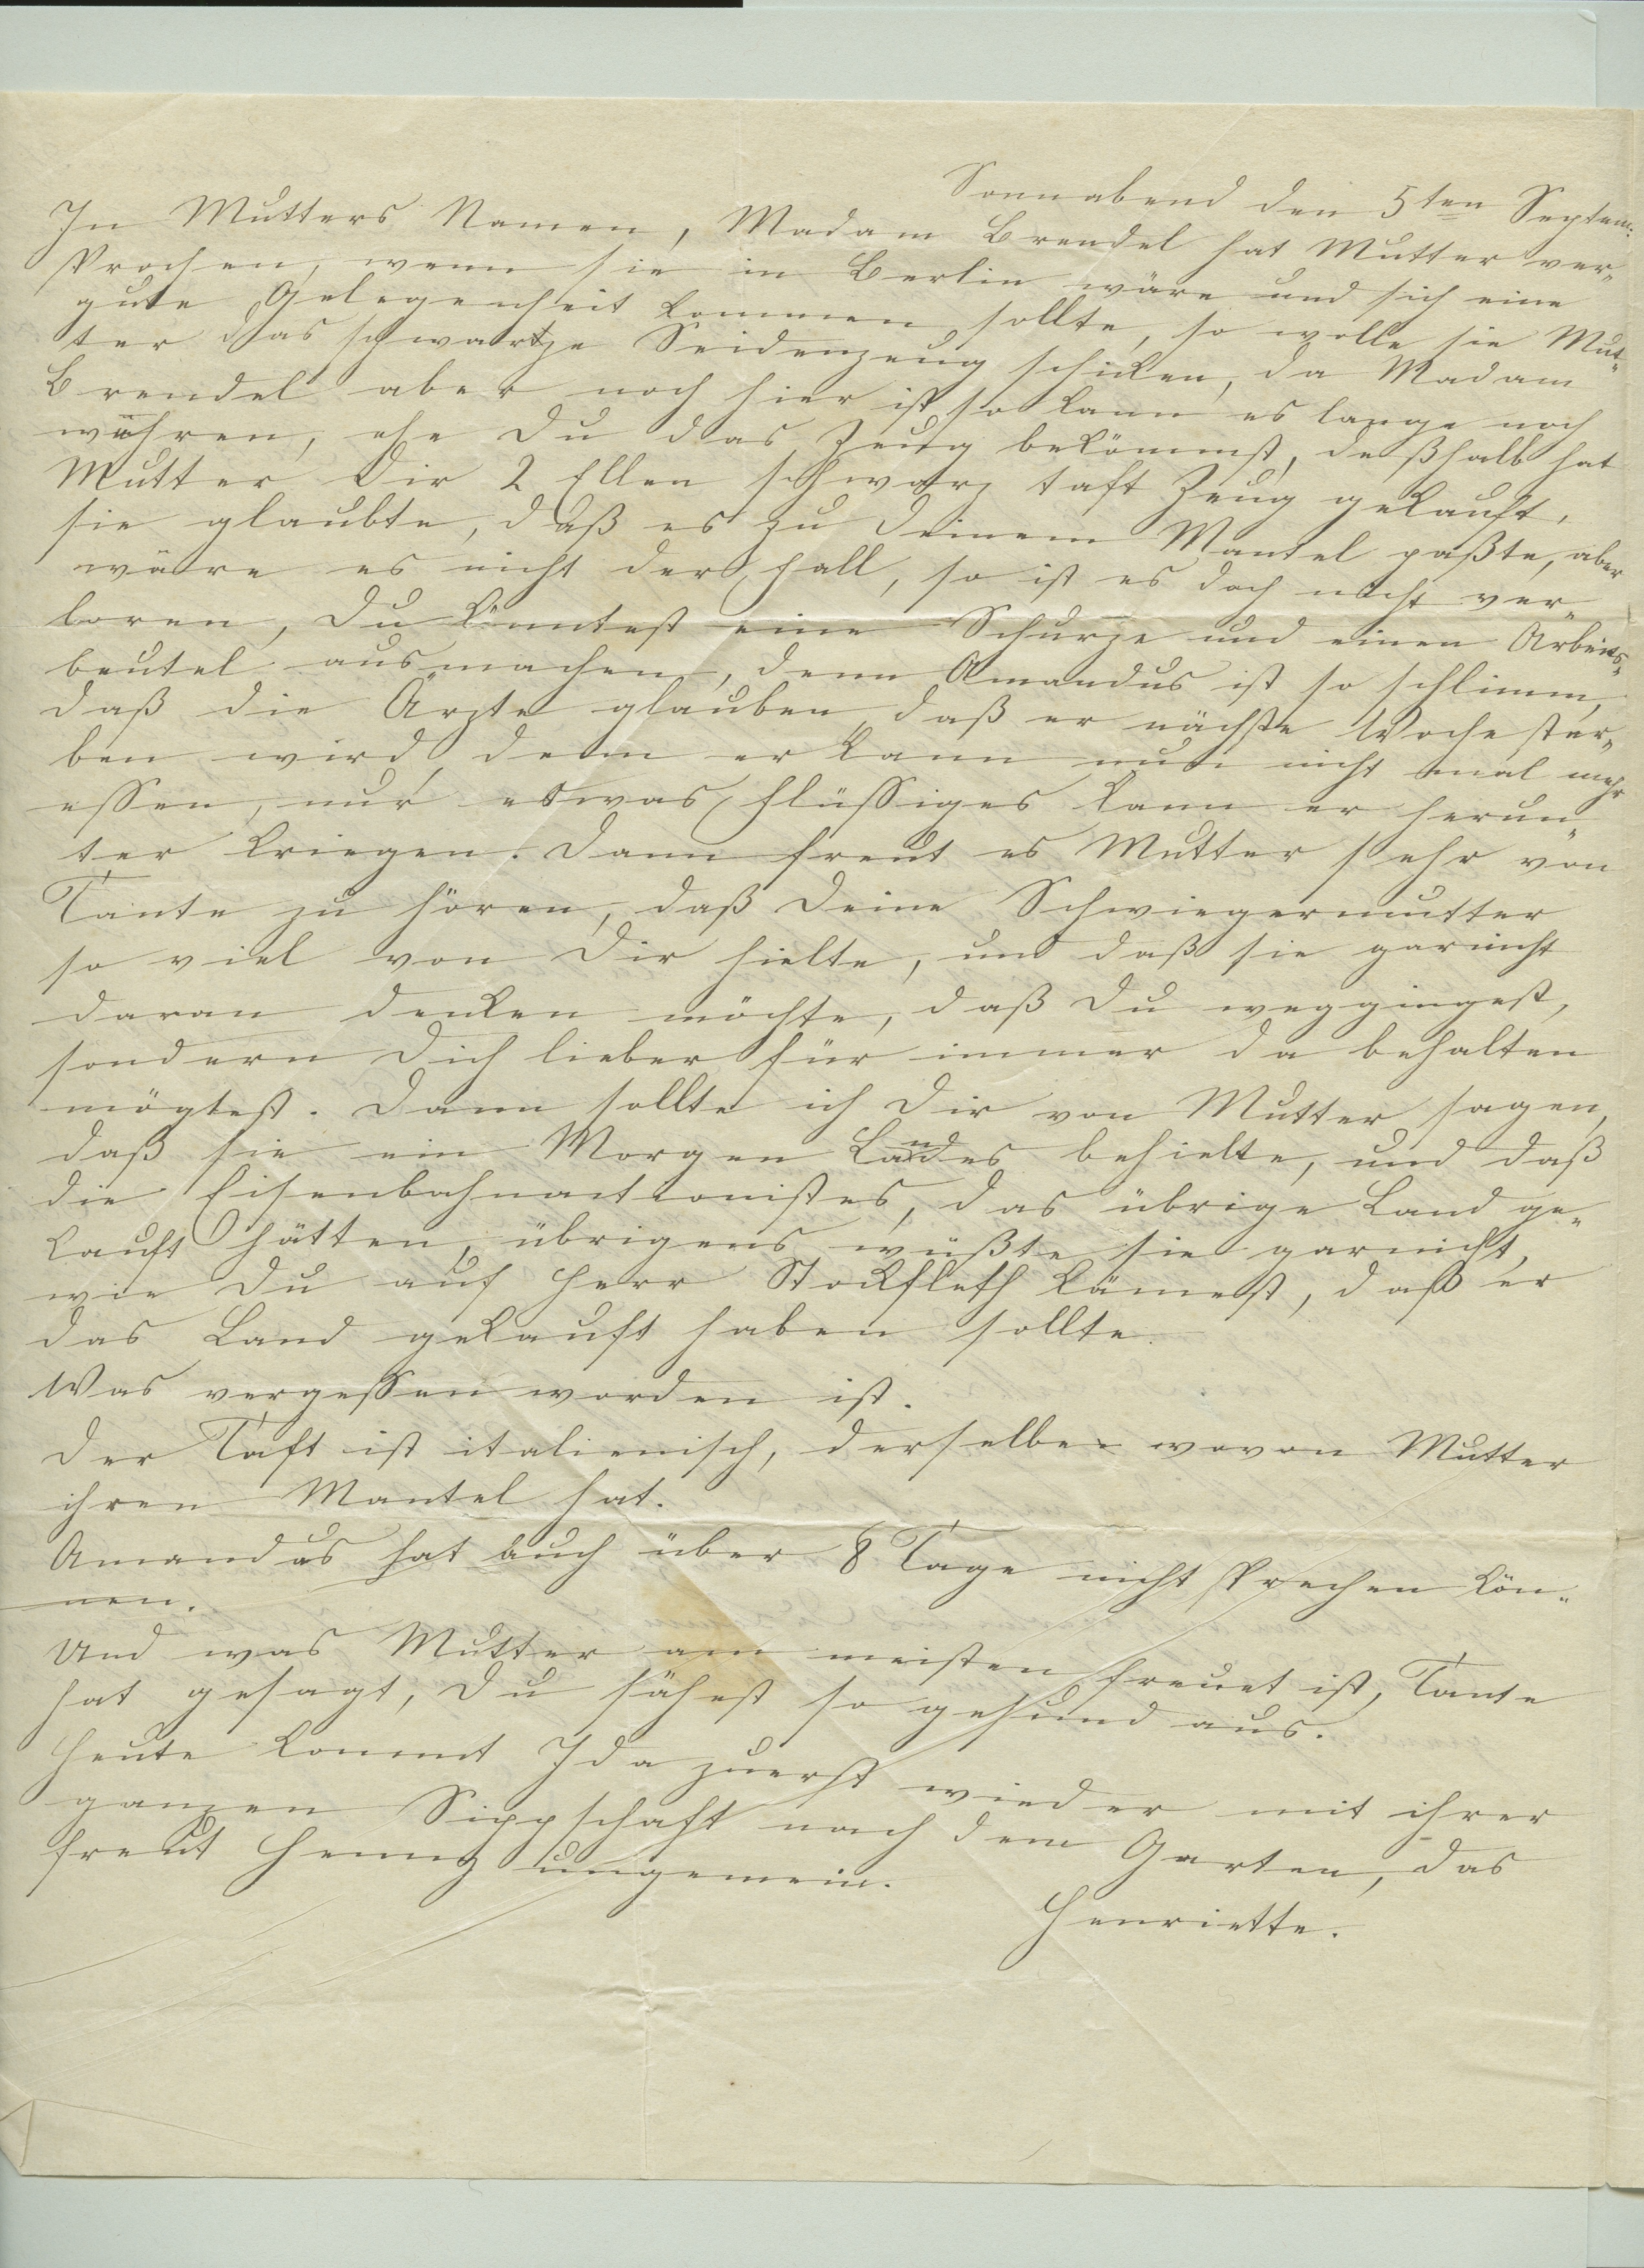
Sonnabend den 5 ten Septem:
In Mutters Namen, Madam Brendel hat Mutter ver¬
sprochen, wenn sie in Berlin wäre und sich eine
gute Gelegenheit kommen sollte, so wolle sie Mut¬
ter das schwartze Seidenzeug schicken, da Madam
Brendel aber noch hier ist so kann es lange noch
währen, ehe Du das Zeug bekömmst, deßhalb hat
Mutter Dir 2 Ellen schwarz taft Zeug gekauft,
sie glaubte, daß es zu Deinem Mantel paßte, aber
wäre es nicht der Fall, so ist es doch nicht ver¬
loren, Du könntest eine Schürze und einen Arbeits¬
beutel aus machen, denn Amandus ist so schlimm,
daß die Ärzte glauben daß er nächste Woche ster¬
ben wird denn er kann nun nicht mal mehr
essen, nur etwas Flüssiges kann er herun¬
ter bringen. Dann freut es Mutter sehr von
Tante zu hören, daß Deine Schwiegermutter
so viel von Dir hielte, und daß sie garnicht
daran denken möchte, daß Du weggingest
sondern Dich lieber für immer da behalten
mögtest. Dann sollte ich Dir von Mutter sagen
daß Sie ein Morgen Landes behielte, und daß
die Eisenbahnactionistes, das übrige Land ge¬
kauft hätten, übrigens wüßte sie garnicht,
wie Du auf Herr Stockfleth kämest, daß er
das Land gekauft haben sollte.
Was vergessen worden ist.
Der Taft ist italienisch, derselbe wovon Mutter
ihren Mantel hat.
Amandus hat auch über 8 Tage nicht sprechen kön¬
nen.
Und was Mutter am meisten freut ist, Tante
hat gesagt, Du sähest so gesund aus.
Heute kommt Ida zuerst wieder mit ihrer
ganzen Sippschaft nach dem Garten, das
freut Henny ungemein.
Henriette.